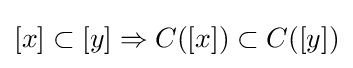
[x]\subset [y]\Rightarrow C([x])\subset C([y])